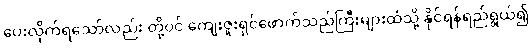
ပေးလိုက်ရသော်လည်း တို့ဝင် ကျေးဇူးရှင်ဖောက်သည်ကြီးများထံသို့ နိုင်ရန်ရည်ရွယ်၍